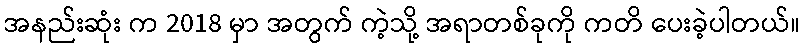
အနည်းဆုံး က 2018 မှာ အတွက် ကဲ့သို့ အရာတစ်ခုကို ကတိ ပေးခဲ့ပါတယ်။